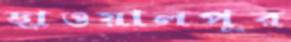
ছাওয়ালপুর